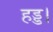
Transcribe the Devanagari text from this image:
हड्ड।